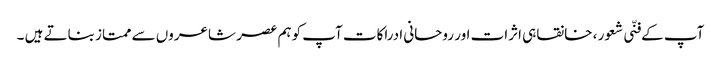
آپ کے فنّی شعور ، خانقاہی اثرات اور روحانی ادراکات آپ کوہم عصر شاعروں سے ممتاز بناتے ہیں ۔